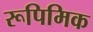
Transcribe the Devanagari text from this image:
रूपिमिक